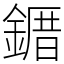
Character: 䥄